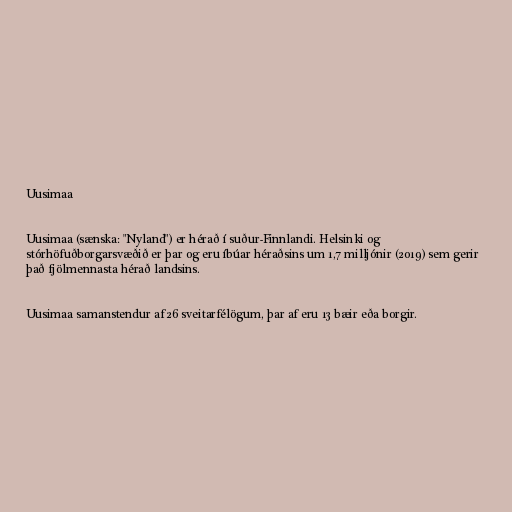
Uusimaa

Uusimaa (sænska: "Nyland") er hérað í suður-Finnlandi. Helsinki og
stórhöfuðborgarsvæðið er þar og eru íbúar héraðsins um 1,7 milljónir (2019) sem gerir
það fjölmennasta hérað landsins.

Uusimaa samanstendur af 26 sveitarfélögum, þar af eru 13 bæir eða borgir.